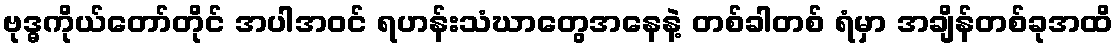
ဗုဒ္ဓကိုယ်တော်တိုင် အပါအဝင် ရဟန်းသံဃာတွေအနေနဲ့ တစ်ခါတစ် ရံမှာ အချိန်တစ်ခုအထိ